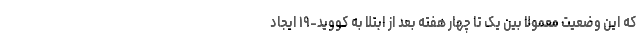
که این وضعیت معمولا بین یک تا چهار هفته بعد از ابتلا به کووید-۱۹ ایجاد